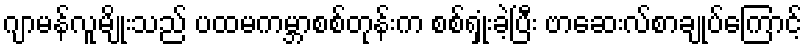
ဂျာမန်လူမျိုးသည် ပထမကမ္ဘာစစ်တုန်းက စစ်ရှုံးခဲ့ပြီး ဗာဆေးလ်စာချုပ်ကြောင့်